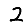
Digit: 2